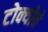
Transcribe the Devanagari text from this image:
टोक्योचे